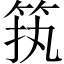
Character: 𱷷